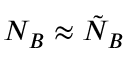
N _ { B } \approx \tilde { N } _ { B }